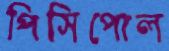
পিসিপোল